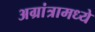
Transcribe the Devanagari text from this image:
अग्रांत्रामध्ये